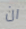
ان